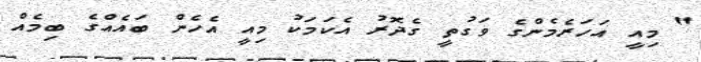
" މިއީ އަހަރެމެންގެ ވަގުތީ ގެދޮރު އެކަމަކު މިއީ އެހެން ބައެއްގެ ބިމެއް